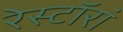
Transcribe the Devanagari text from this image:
रेस्टॉरां